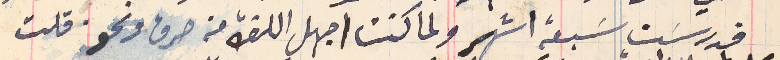
فدرسَت سَبعة اشهر ولما كنت اجهل اللغة من صرف ونحو قلت